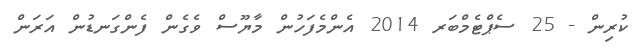
ކުރިން - 25 ސެޕްޓެމްބަރ 2014 އެންމެފަހުން މާޔޫސް ވެގެން ފެންގަނޑުން އަރަން